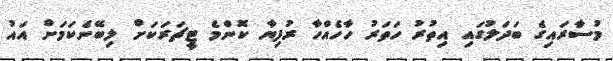
މުސާރައިގެ ބަދަލުގައި އިތުރު ހަތަރު ހާހެއްހާ ރުފިޔާ ކޮންމެ ޓީޗަރަކަށް ލިބޭނެކަމަށް އައު